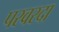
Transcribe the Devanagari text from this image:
परवरदा